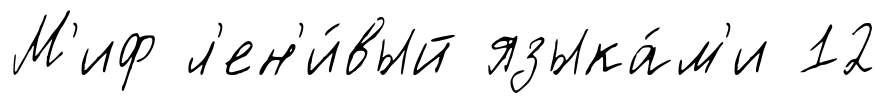
М'иф л'ен'и́вый языка́м'и 12